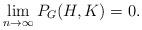
LaTeX: \begin{align*}\lim_{n \to \infty} P_G(H,K) = 0.\end{align*}